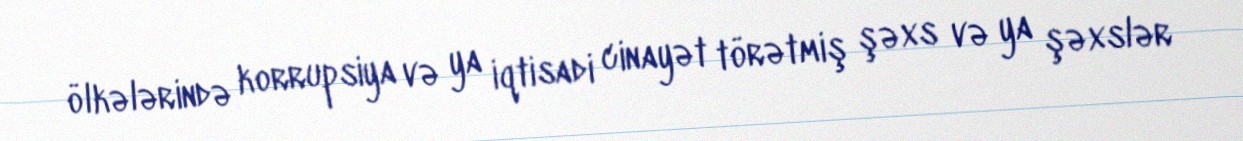
ölkələrində korrupsiya və ya iqtisadi cinayət törətmiş şəxs və ya şəxslər